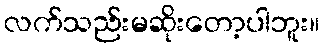
လက်သည်းမဆိုးတော့ပါဘူး။